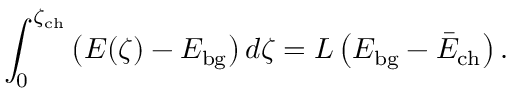
\int _ { 0 } ^ { \zeta _ { \mathrm { c h } } } \big ( E ( \zeta ) - E _ { \mathrm { b g } } \big ) \, d \zeta = L \left( E _ { \mathrm { b g } } - \bar { E } _ { \mathrm { c h } } \right) .